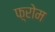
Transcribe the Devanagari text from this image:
फ़्रोम